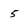
Character: 5